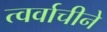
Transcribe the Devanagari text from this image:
त्वर्वाचीने